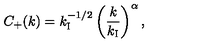
C _ { + } ( k ) = k _ { \mathrm { I } } ^ { - 1 / 2 } \left( \frac { k } { k _ { \mathrm { I } } } \right) ^ { \alpha } ,